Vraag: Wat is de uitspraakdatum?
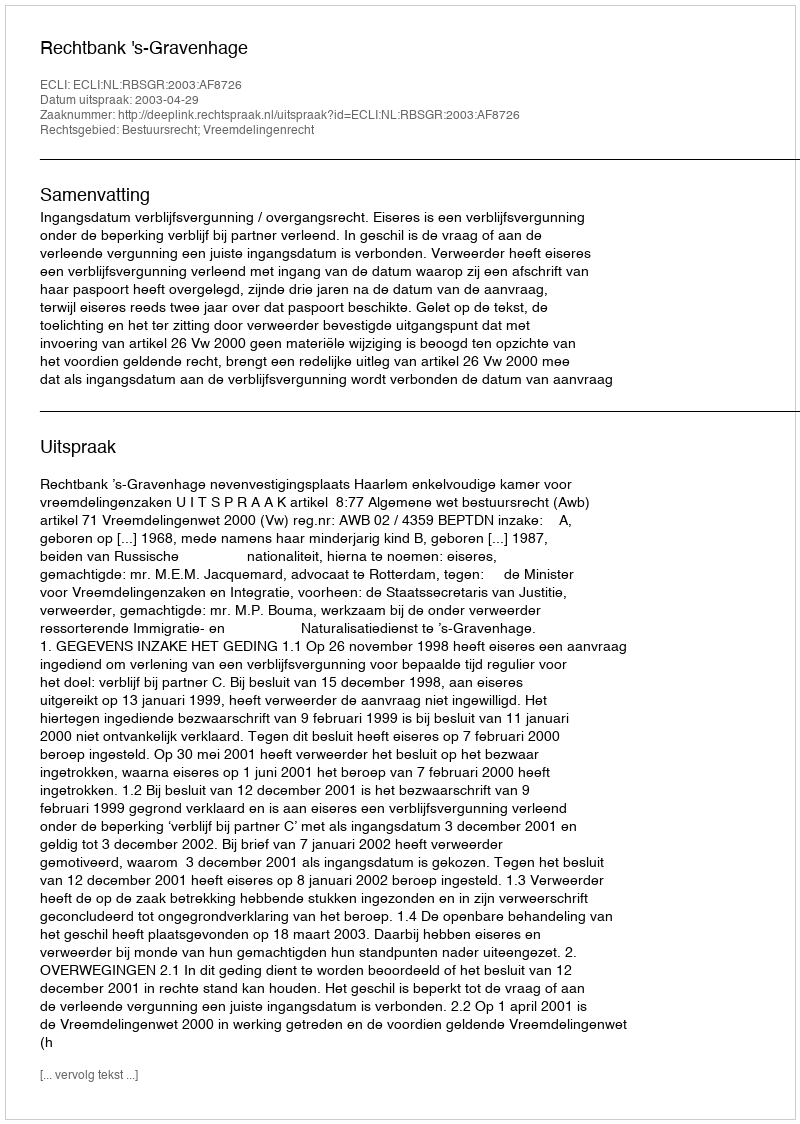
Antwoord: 2003-04-29